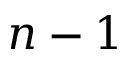
n - 1